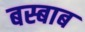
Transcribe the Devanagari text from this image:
बस्बाब